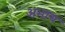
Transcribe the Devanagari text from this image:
अभाय